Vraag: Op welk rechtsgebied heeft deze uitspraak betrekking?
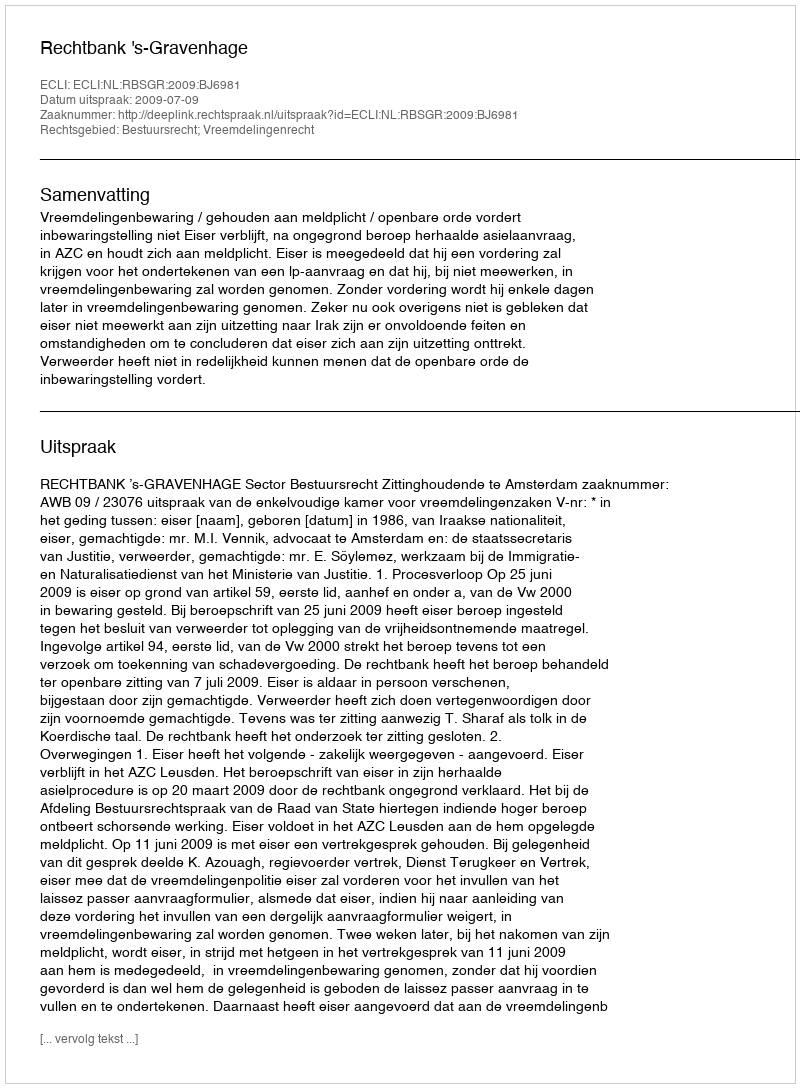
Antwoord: Bestuursrecht; Vreemdelingenrecht